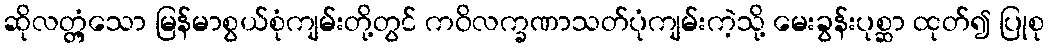
ဆိုလတ္တံ့သော မြန်မာစွယ်စုံကျမ်းတို့တွင် ကဝိလက္ခဏာသတ်ပုံကျမ်းကဲ့သို့ မေးခွန်းပုစ္ဆာ ထုတ်၍ ပြုစု